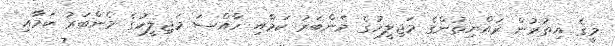
މީގެ އިތުރުން ރައްޔިތުންގެ މަޖިލީހުގެ މެންބަރު ކަމާއި ހާއްސަ މަޖިލީހުގެ މެންބަރު ކަމާއި